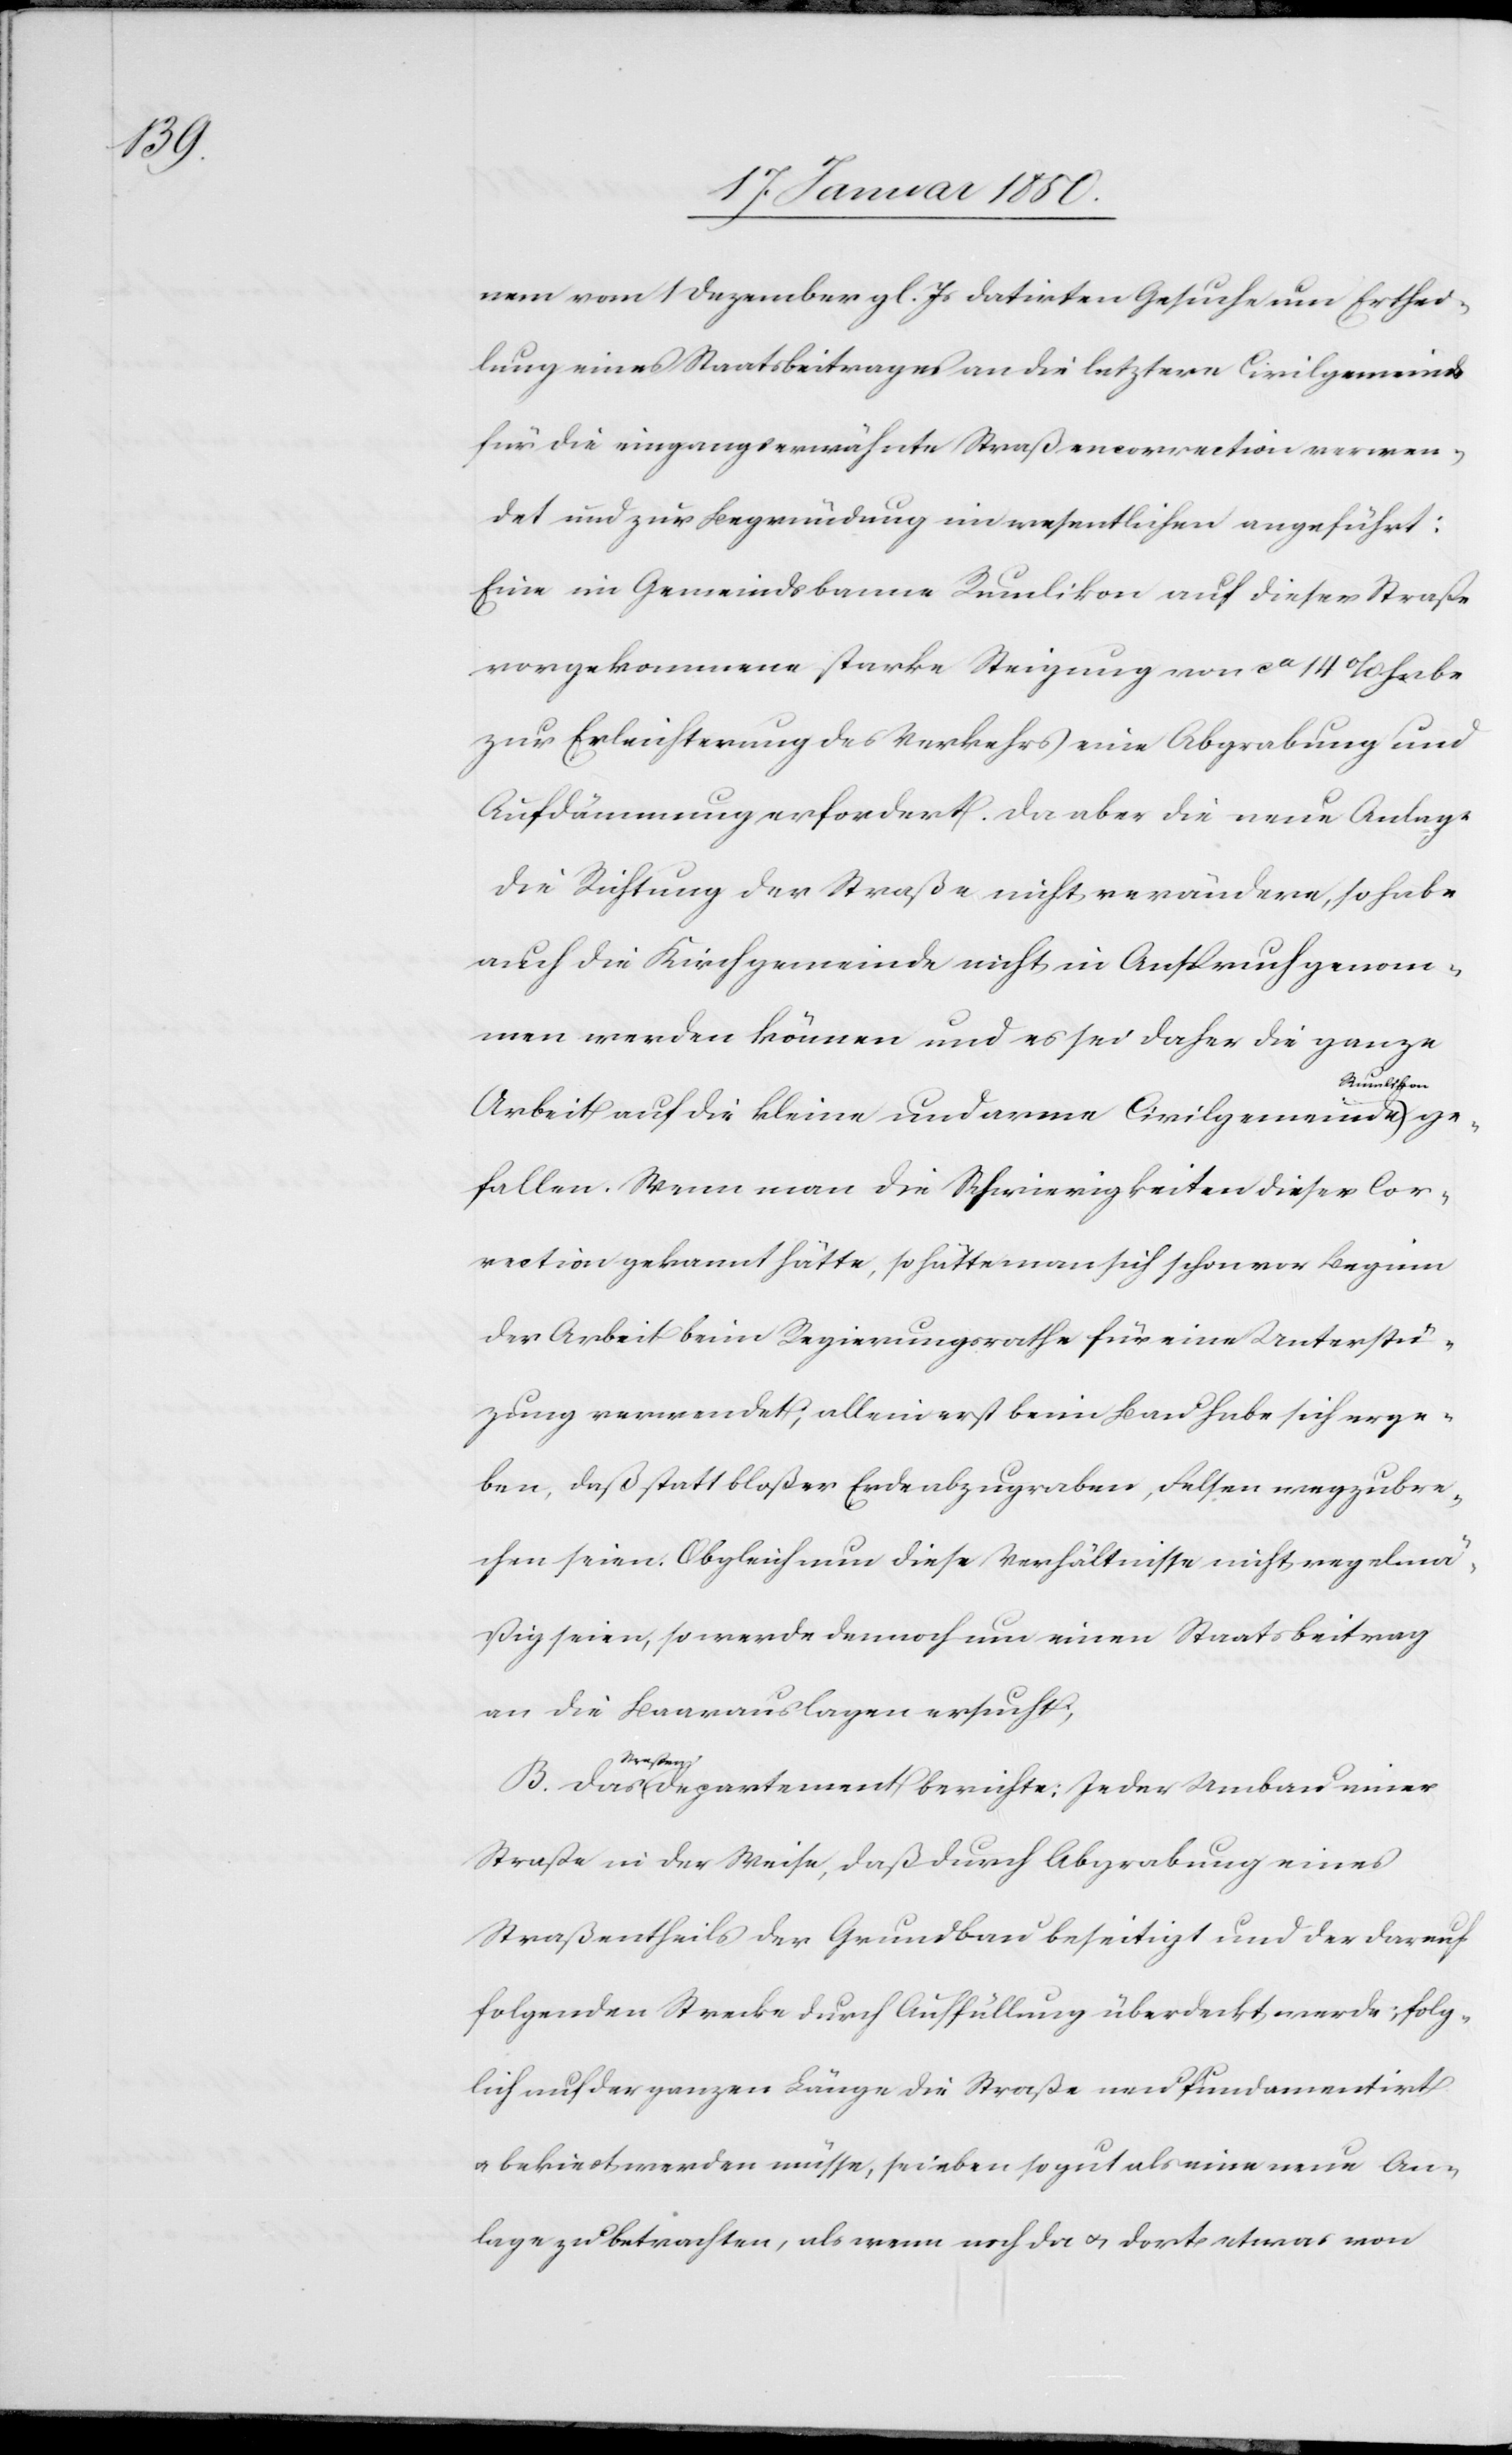
nem vom 1 Dezember gl. Js datirten Gesuche um Erthei¬
lung eines Staatsbeitrages an die letztere Civilgemeinde
für die eingangserwähnte Straßencorrection verwen¬
det und zur Begründung im wesentlichen angeführt:
Eine im Gemeindsbanne Rumlikon auf dieser Straße
vorgekommene starke Steigung von ca 14 % habe
zur Erleichterung des Verkehrs eine Abgrabung und
Aufdämmung erfordert. Da aber die neue Anlage
die Richtung der Straße nicht verändere, so habe
auch die Kirchgemeinde nicht in Anspruch genom¬
men werden können und es sei daher die ganze
umlikon
Arbeit auf die kleine und arme Civilgemeinde R¬
gefallen. Wenn man die Schwierigkeiten dieser Cor¬
rection gekannt hätte, so hätte man sich schon vor Beginn
der Arbeit beim Regierungsrathe für eine Unterstüt¬
zung verwendet; allein erst beim Bau habe sich erge¬
ben, daß statt bloßer Erde abzugraben, Felsen wegzubre¬
chen seien. Obgleich nun diese Verhältnisse nicht regelmä¬
ßig seien, so werde dennoch um einen Staatsbeitrag
an die Baarauslagen ersucht;
berichte:
Straße in der Weise, daß durch Abgrabung eines
Straßentheils der Grundbau beseitigt und der darauf
folgenden Strecke durch Auffüllung überdeckt werde; folg¬
lich auf der ganzen Länge die Straße neu fundamentirt
u. bekiest werden müsse, sei eben so gut als eine neue An¬
lage zu betrachten, als wenn noch da u. dort etwas von